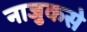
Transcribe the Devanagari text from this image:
नाजुकसे